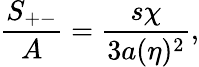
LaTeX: {\frac{S_{+-}}{A}}={\frac{s\chi}{3a(\eta)^{2}}},